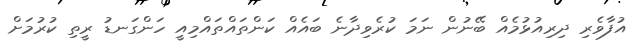
އުފާވެރި ދިރިއުޅުމެއް ބޭނުން ނަމަ ކުރެވިދާނެ ބައެއް ކަންތައްތައްމިއީ ހަންގަނޑު ރީތި ކުރުމަށް